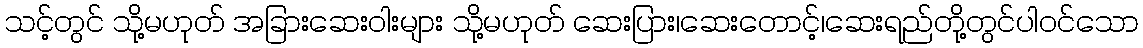
သင့်တွင် သို့မဟုတ် အခြားဆေးဝါးများ သို့မဟုတ် ဆေးပြား၊ဆေးတောင့်၊ဆေးရည်တို့တွင်ပါဝင်သော